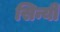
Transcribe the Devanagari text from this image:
सिन्यी